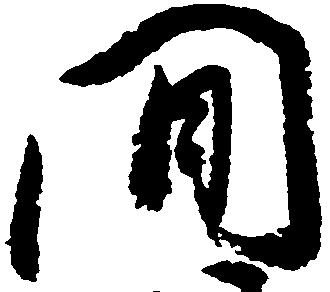
間